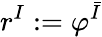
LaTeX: r^{I}:=\varphi^{\bar{I}}